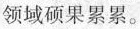
领域硕果累累。